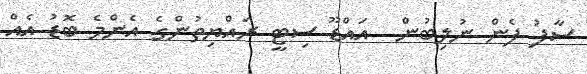
ސާފު ފެން ނުލިބުން  އައްޑޫ ސިޓީ ރައްޔިތުންގެ އެންމެ ބޮޑު އެއް